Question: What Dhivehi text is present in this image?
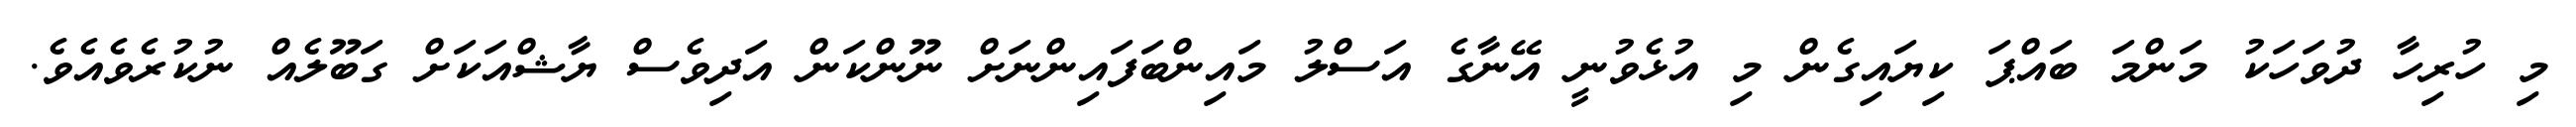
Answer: މި ހުރިހާ ދުވަހަކު މަންމަ ބައްޕަ ކިޔައިގެން މި އުޅެވުނީ އޭނާގެ އަސްލު މައިންބަފައިންނަށް ނޫންކަން އަދިވެސް ޔާޝްއަކަށް ގަބޫލެއް ނުކުރެވެއެވެ.